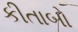
કીતાબો